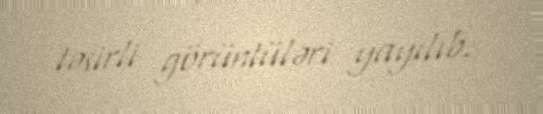
təsirli görüntüləri yayılıb.